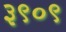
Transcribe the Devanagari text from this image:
३९०९